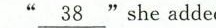
\underline{38}"she added.